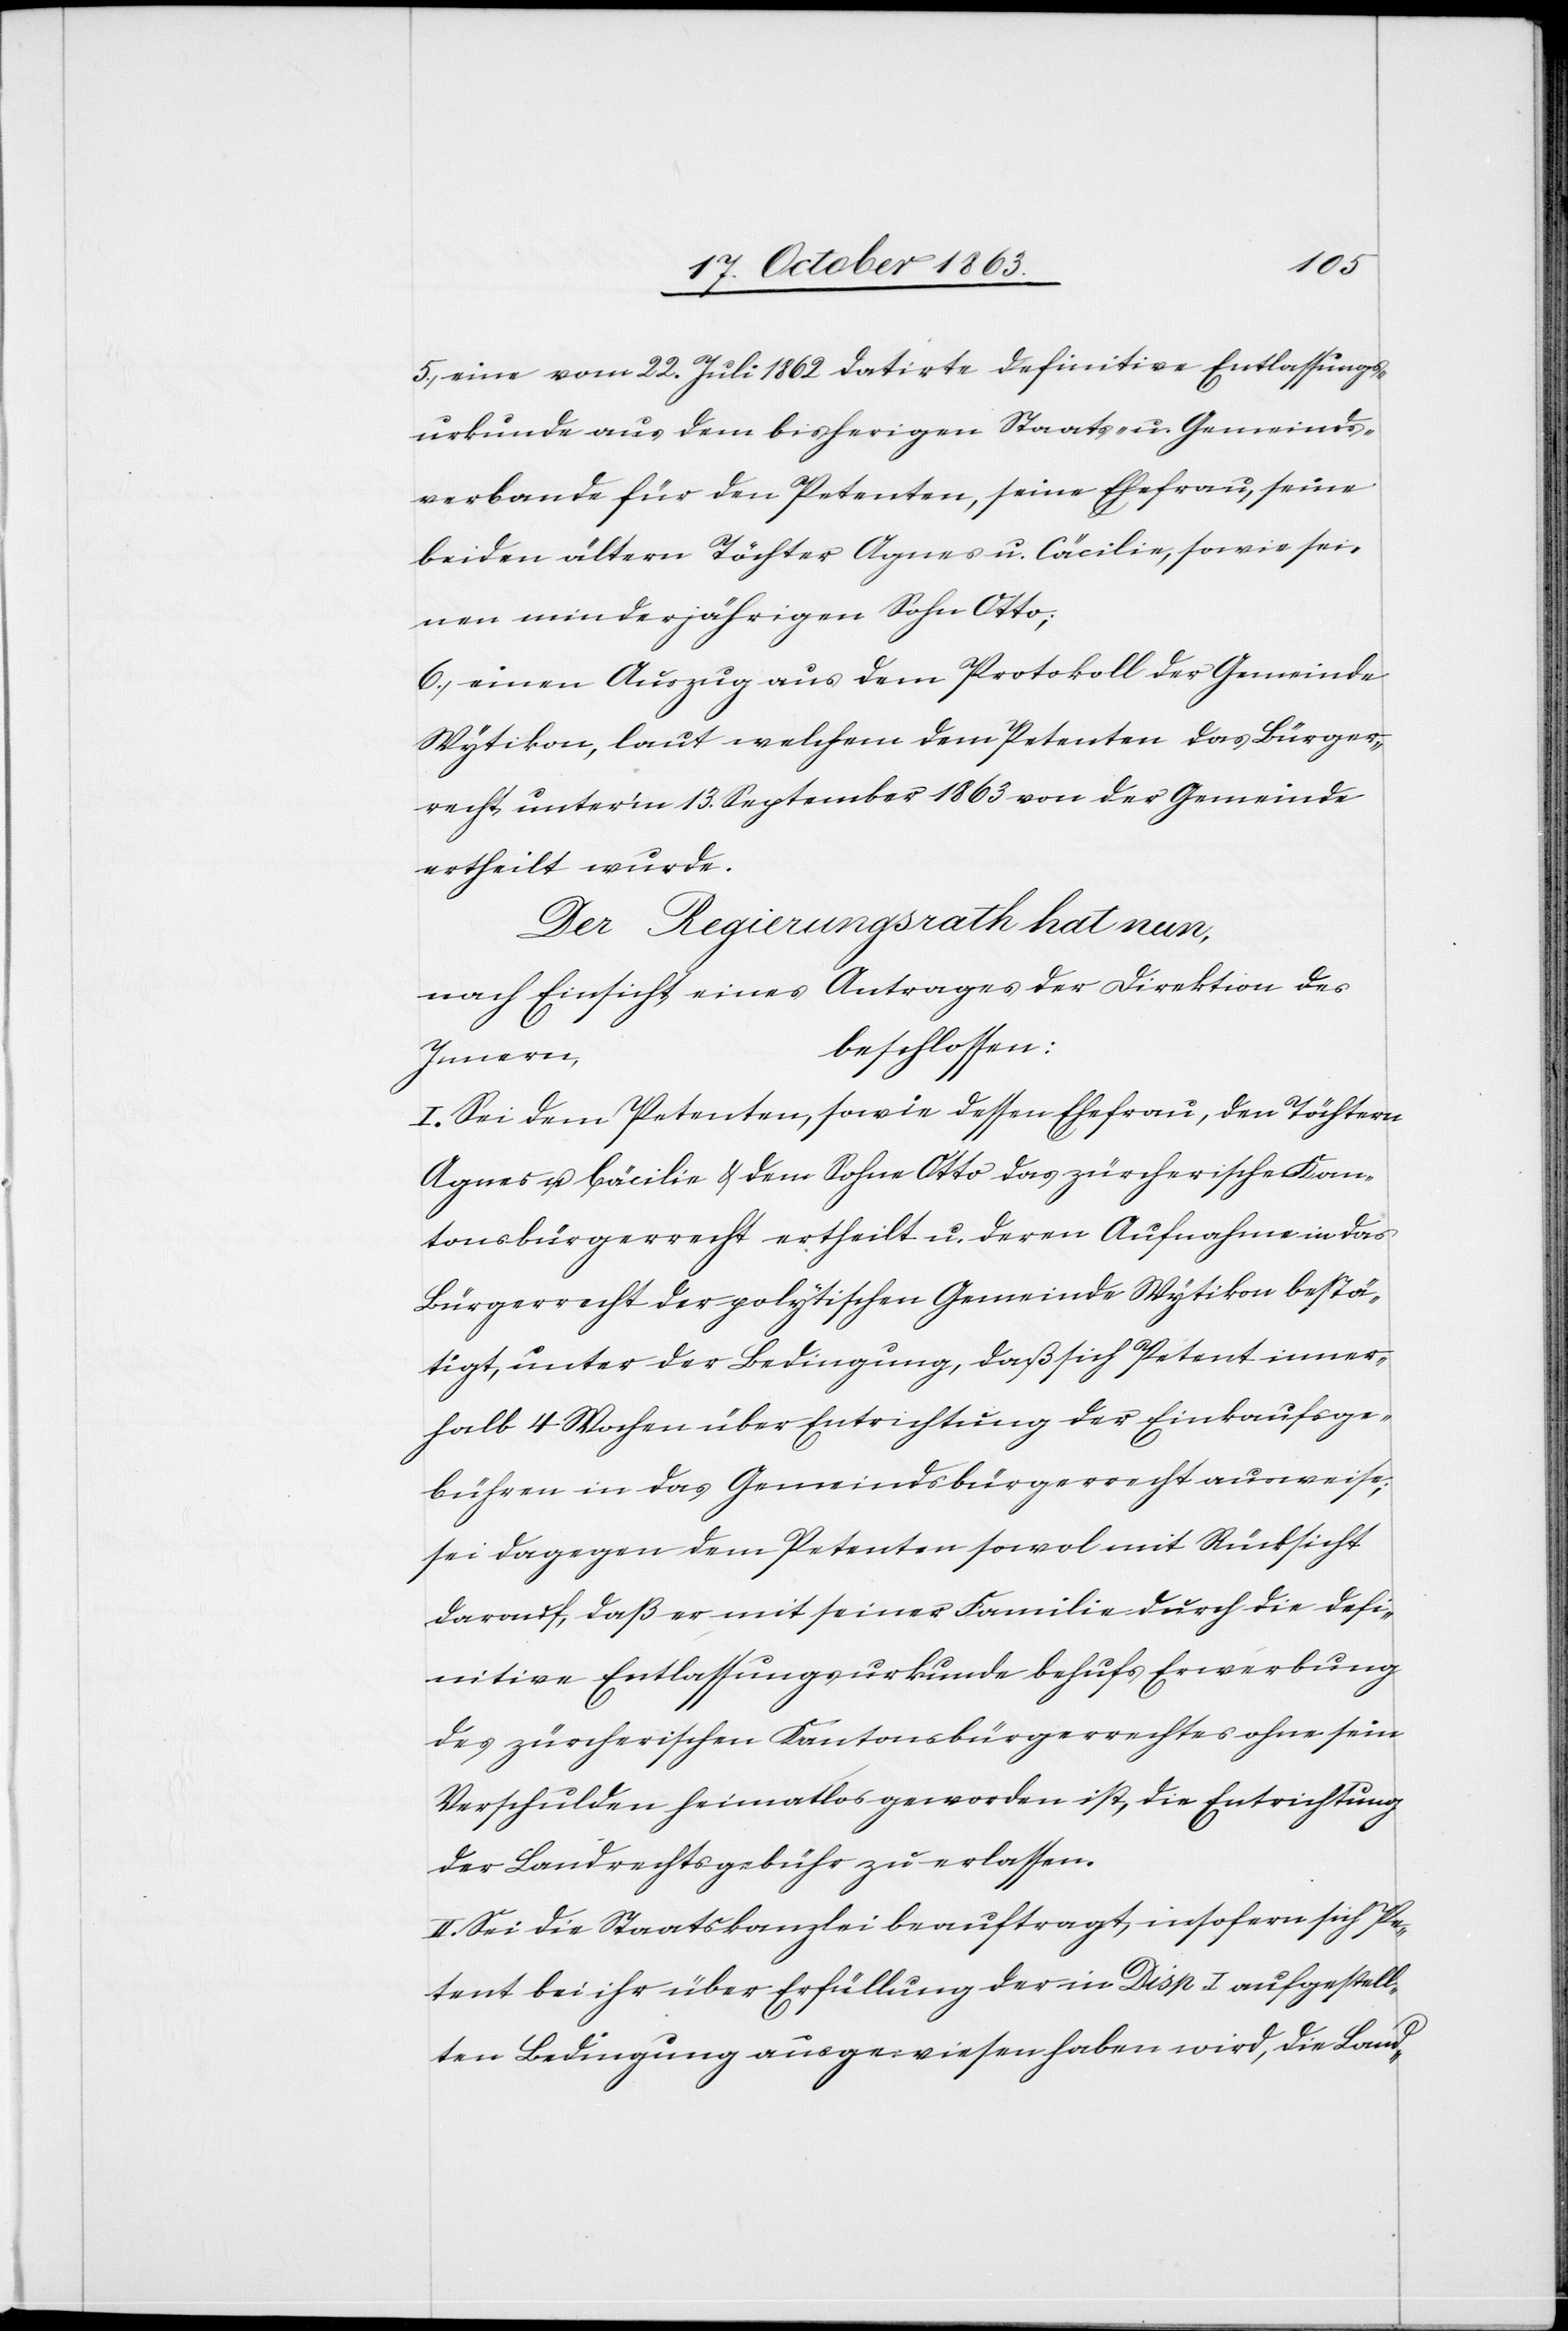
5.) eine vom 22. Juli 1862 datirte definitive Entlassungs¬
urkunde aus dem bisherigen Staats- u. Gemeinds¬
verbande für den Petenten, seine Ehefrau, seine
beiden ältern Töchter Agnes u. Cäcilie, sowie sei¬
nen minderjährigen Sohn Otto;
6.) einen Auszug aus dem Protokoll der Gemeinde
Wytikon, laut welchem dem Petenten das Bürger¬
recht unter'm 13. September 1863 von der Gemeinde
ertheilt wurde.
Der Regierungsrath hat nun,
nach Einsicht eines Antrages der Direktion des
beschlossen:
Innern,
I. Sei dem Petenten, sowie dessen Ehefrau, den Töchtern
Agnes u. Cäcilie & dem Sohne Otto das zürcherische Kan¬
tonsbürgerrecht ertheilt u. deren Aufnahme in das
Bürgerrecht der polytischen Gemeinde Wytikon bestä¬
tigt, unter der Bedingung, daß sich Petent inner¬
halb 4 Wochen über Entrichtung der Einkaufsge¬
bühren in das Gemeindsbürgerrecht ausweise;
sei dagegen dem Petenten sowol mit Rücksicht
darauf, daß er mit seiner Familie durch die defi¬
nitive Entlassungsurkunde behufs Erwerbung
des zürcherischen Kantonsbürgerrechtes ohne sein
Verschulden heimatlos geworden ist, die Entrichtung
der Landrechtsgebühr zu erlassen.
II. Sei die Staatskanzlei beauftragt, insofern sich Pe¬
tent bei ihr über Erfüllung der in Disp I aufgestell¬
ten Bedingung ausgewiesen haben wird, die Land-